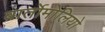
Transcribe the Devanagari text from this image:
बार्तोमोलियो